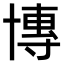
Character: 𫧤